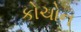
કોચોન